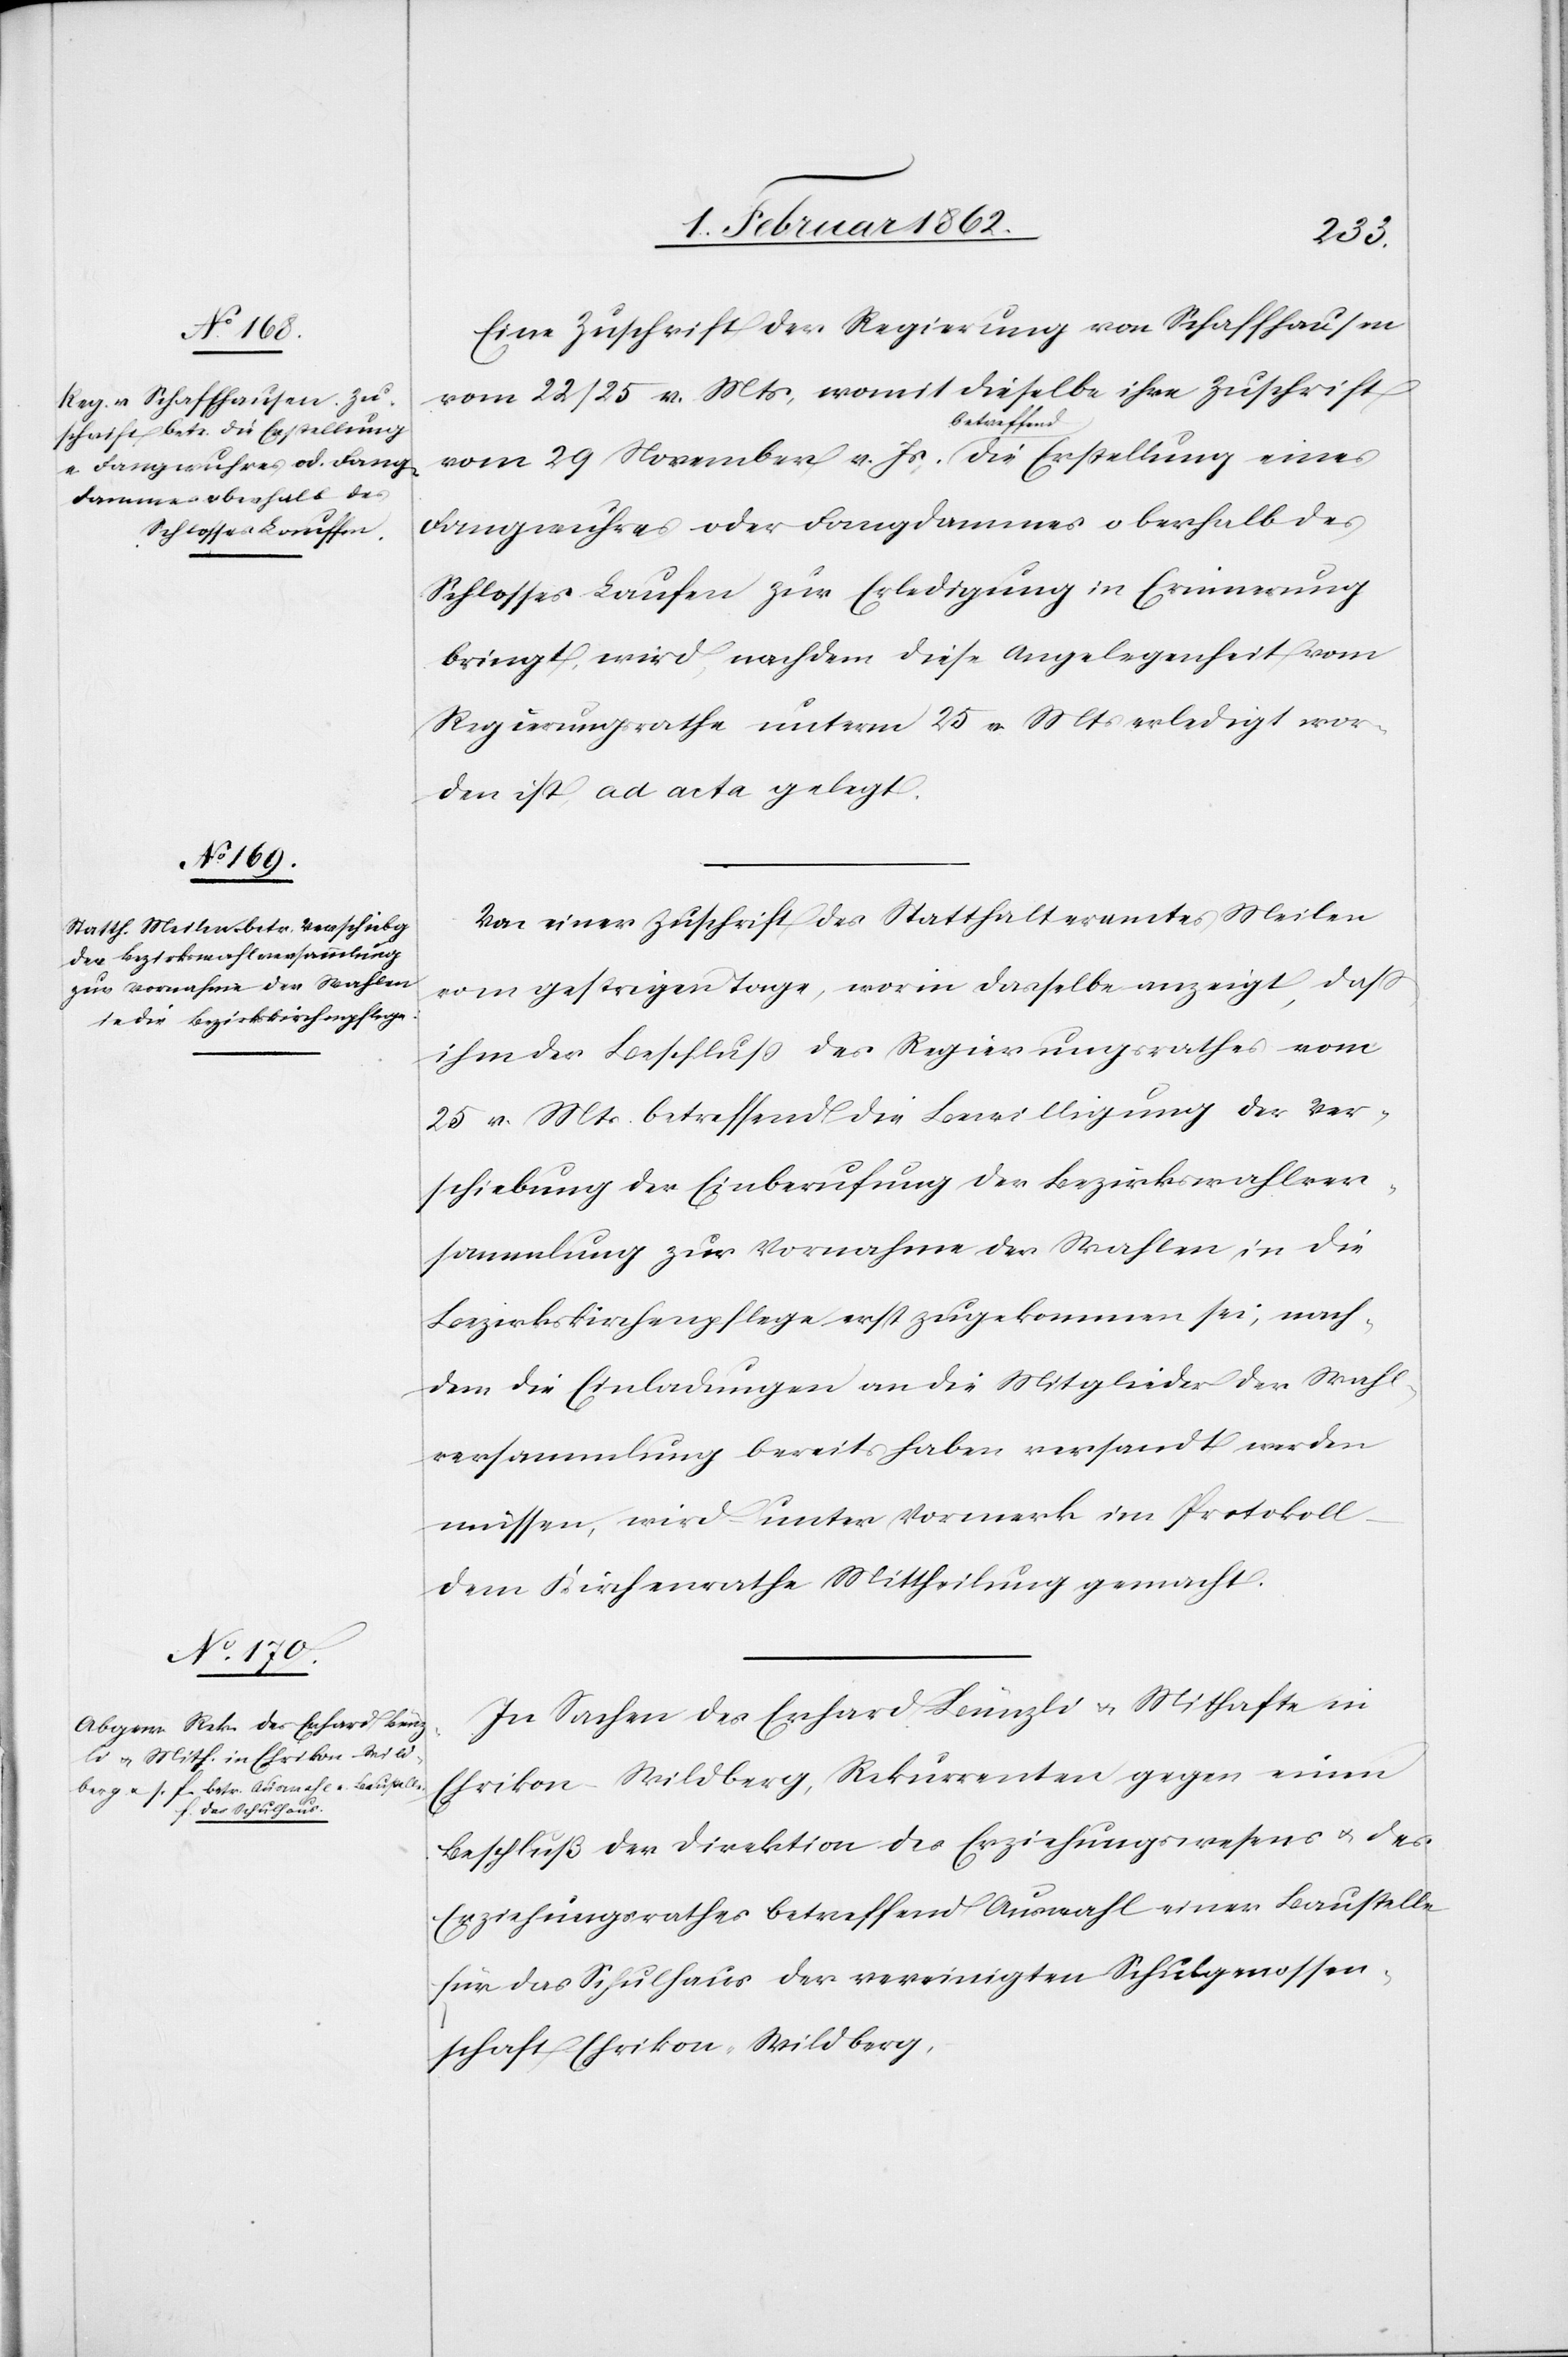
Eine Zuschrift der Regierung von Schaffhausen
vom 22/25 v. Mts, womit dieselbe ihre Zuschrift
vom 29 November v. Js. a-betreffend-a die Erstellung eines
Fangwuhres oder Fangdammes oberhalb des
Schlosses Laufen [sic!] zur Erledigung in Erinnerung
bringt, wird, nachdem diese Angelegenheit vom
Regierungsrathe unterm 25 v Mts erledigt wor¬
den ist, ad acta gelegt.
Von einer Zuschrift des Statthalteramtes Meilen
vom gestrigen Tage, worin dasselbe anzeigt, daß
ihm der Beschluß des Regierungsrathes vom
25 v. Mts. betreffend Bewilligung der Ver¬
schiebung der Einberufung der Bezirkswahlver¬
sammlung zur Vornahme der Wahlen in die
Bezirkskirchenpflege erst zugekommen sei, nach¬
dem die Einladungen an die Mitglieder der Wahl¬
versammlung bereits haben versandt werden
müssen, wird unter Vormerk im Protokoll
dem Kirchenrathe Mittheilung gemacht.
In Sachen des Erhard Bünzli u. Mithafte in
Ehrikon – Wildberg, Rekurrenten gegen einen
Beschluß der Direktion des Erziehungswesens u. des
Erziehungsrathes betreffend Auswahl einer Baustelle
für das Schulhaus der vereinigten Schulgenossen¬
schaft Ehrikon-Wildberg,